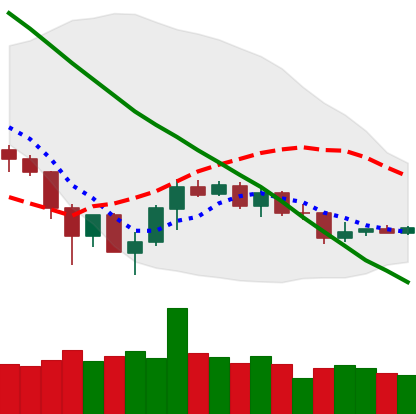
Ticker: TRX-USD
Chart end date: 2019-12-08
Forward return: -4.446%
Label: down_3_5